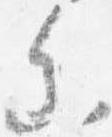
参